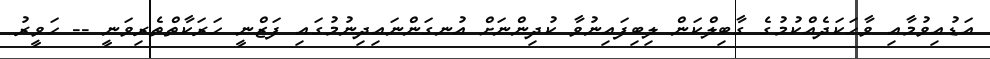
އަޑުއިވުމާއި ވާހަކަދެއްކުމުގެ ގާބިލްކަން ލިބިފައިނުވާ ކުދިންނަށް އުނގަންނައިދިނުމުގައި ފަޒްނީ ހަރަކާތްތެރިވަނީ -- ހަވީރު